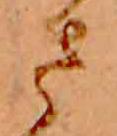
さ